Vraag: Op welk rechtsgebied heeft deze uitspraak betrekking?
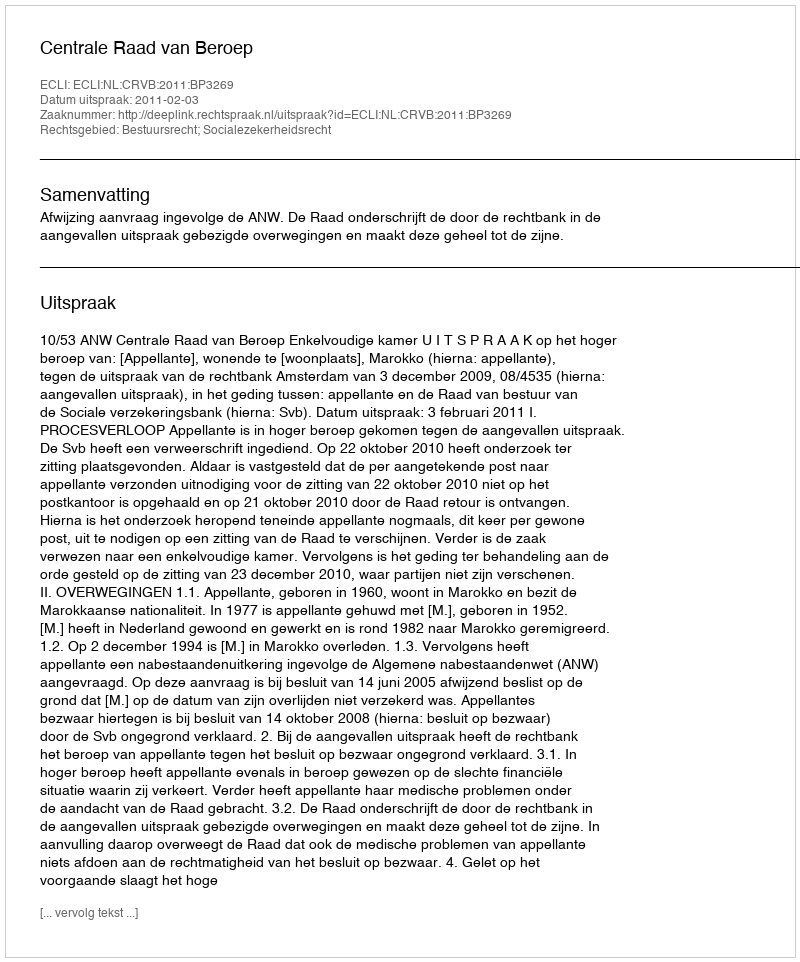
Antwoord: Bestuursrecht; Socialezekerheidsrecht